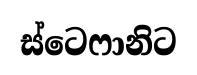
ස්ටෙෆානිට